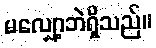
မလျှော့ဘဲရှိသည်။